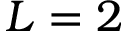
L = 2